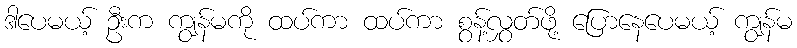
ဒါပေမယ့် ဦးက ကျွန်မကို ထပ်ကာ ထပ်ကာ စွန့်လွှတ်ဖို့ ပြောနေပေမယ့် ကျွန်မ